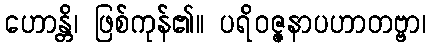
ဟောန္တိ၊ ဖြစ်ကုန်၏။ ပရိဝဇ္ဇနာပဟာတဗ္ဗာ၊